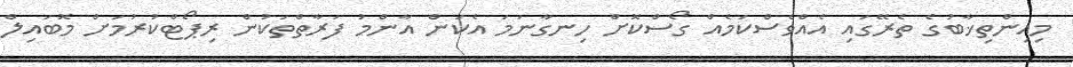
މިއިންތިޚާބުގެ ތެރޭގައި އެއްވެސްކަމެއް ގޯސްކޮށް ހިނގާނަމަ އެކަން އާންމު ފަރާތްތަކުން ރިޕޯޓްކުރުމަށް މޮބައިލް